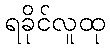
ရခိုင်လူထု